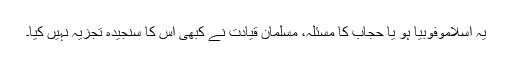
یہ اسلاموفوبیا ہو یا حجاب کا مسئلہ، مسلمان قیادت نے کبھی اس کا سنجیدہ تجزیہ نہیں کیا۔